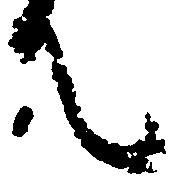
て